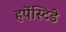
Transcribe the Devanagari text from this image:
हर्पेस्टिडे